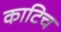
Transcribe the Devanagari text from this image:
काटिच